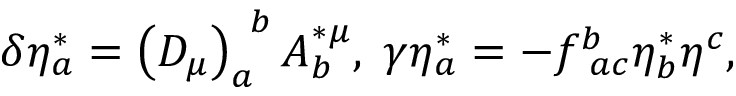
\delta \eta _ { a } ^ { * } = \left( D _ { \mu } \right) _ { a } ^ { \; \; b } A _ { b } ^ { * \mu } , \; \gamma \eta _ { a } ^ { * } = - f _ { \; \; a c } ^ { b } \eta _ { b } ^ { * } \eta ^ { c } ,